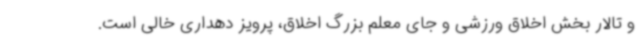
و تالار بخش اخلاق ورزشی و جای معلم بزرگ اخلاق، پرویز دهداری خالی است.